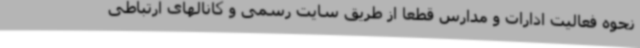
نحوه فعالیت ادارات و مدارس قطعاً از طریق سایت رسمی و کانالهای ارتباطی